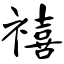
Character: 禧